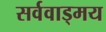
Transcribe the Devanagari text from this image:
सर्ववाड्मय